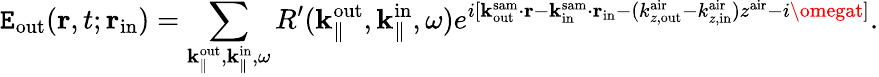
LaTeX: \mathtt{E}_{\mathrm{{out}}}({\mathbf{r}},t;{\mathbf{r}}_{\mathrm{{in}}})=\sum_{{\mathbf{k}}_{\parallel}^{\mathrm{{out}}},{\mathbf{k}}_{\parallel}^{\mathrm{{in}}},\omega}R^{\prime}({\mathbf{k}}_{\parallel}^{\mathrm{{out}}},{\mathbf{k}}_{\parallel}^{\mathrm{{in}}},\omega)e^{i[{\mathbf{k}}_{\mathrm{{out}}}^{\mathrm{{sam}}}\cdot{\mathbf{r}}-{\mathbf{k}}_{\mathrm{{in}}}^{\mathrm{{sam}}}\cdot{\mathbf{r}}_{\mathrm{{in}}}-(k_{z,\mathrm{{out}}}^{\mathrm{{air}}}-k_{z,\mathrm{{in}}}^{\mathrm{{air}}})z^{\mathrm{{air}}}-i\omegat]}.